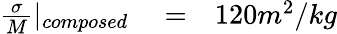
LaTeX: \begin{array}{rlr}{\frac{\sigma}{M}|_{composed}}&{{}=}&{120m^{2}/kg}\end{array}